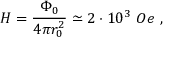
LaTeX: H = \frac { \Phi _ { 0 } } { 4 \pi r _ { 0 } ^ { 2 } } \simeq 2 \cdot 1 0 ^ { 3 } ~ O e ~ ,